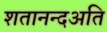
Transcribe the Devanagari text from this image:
शतानन्दअति